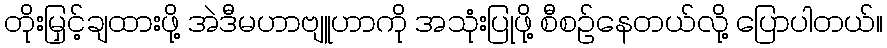
တိုးမြှင့်ချထားဖို့ အဲဒီမဟာဗျူဟာကို အသုံးပြုဖို့ စီစဉ်နေတယ်လို့ ပြောပါတယ်။